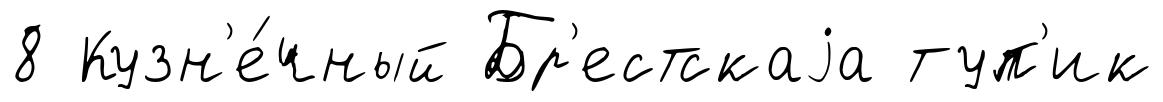
8 Кузн'е́чный Бр'естскаjа туп'ик